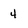
Character: 4